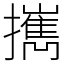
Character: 𢹂